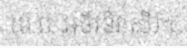
(ម.ព. អចិរនិវាសី)។